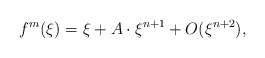
\begin{align*}f^m(\xi)=\xi+A\cdot \xi^{n+1}+O(\xi^{n+2}), \end{align*}